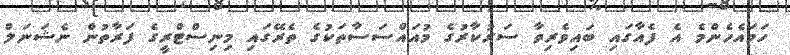
ހަމައެހެންމެ އެ ފެއާގައި ބައިވެރިވާ ސަރުކާރުގެ މުއައްސަސާތަކުގެ ތެރޭގައި މިނިސްޓްރީގެ ފަރާތުން ނެޝަނަލް